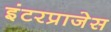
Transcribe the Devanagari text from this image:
इंटरप्राजेस